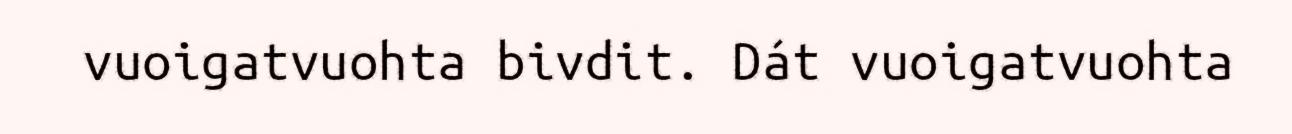
vuoigatvuohta bivdit. Dát vuoigatvuohta